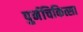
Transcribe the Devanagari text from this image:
पुर्नचिकित्सा